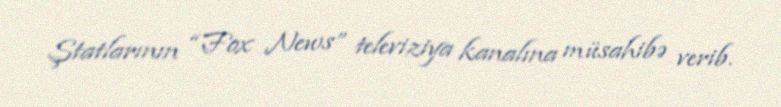
Ştatlarının “Fox News” televiziya kanalına müsahibə verib.